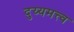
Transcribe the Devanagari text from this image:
दुय्यमत्त्व